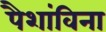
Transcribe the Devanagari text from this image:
पैशांविना